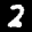
Label: 2